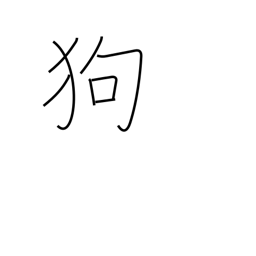
Meaning: dog